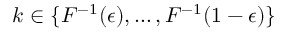
k \in \{ F ^ { - 1 } ( \epsilon ) , \dots , F ^ { - 1 } ( 1 - \epsilon ) \}